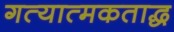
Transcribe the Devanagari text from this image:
गत्यात्मकताद्ध